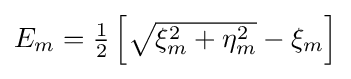
{\textstyle E_{m}={\frac {1}{2}}\left[{\sqrt {\xi _{m}^{2}+\eta _{m}^{2}}}-\xi _{m}\right]}